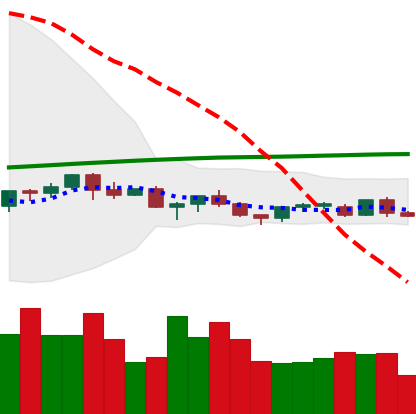
Ticker: TRX-USD
Chart end date: 2021-06-19
Forward return: -3.924%
Label: down_3_5